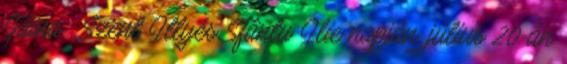
Găina , Szent Illyés Sfântu Ilie napján, július 20-án